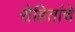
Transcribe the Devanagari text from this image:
रोहितांचे